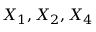
X _ { 1 } , X _ { 2 } , X _ { 4 }